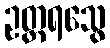
ဥတ္တရသွေ